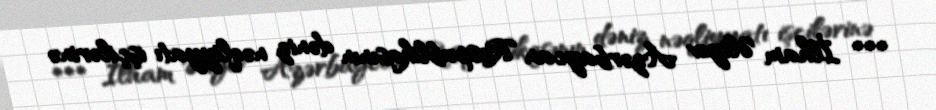
*** İlham Əliyev Azərbaycan Respublikasının dəniz nəqliyyatı işçilərinə